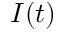
I ( t )